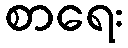
စာရေး